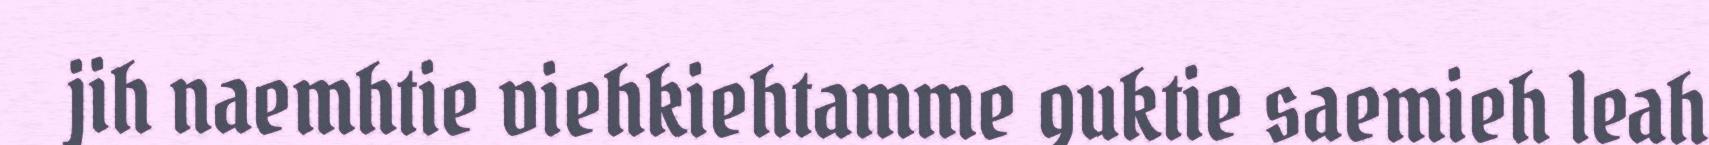
jih naemhtie viehkiehtamme guktie saemieh leah